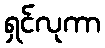
ရှင်လုကာ